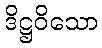
ဒိဋ္ဌဝိသော